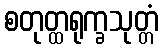
စတုတ္ထရုက္ခသုတ္တံ